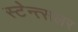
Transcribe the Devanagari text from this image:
स्टेन्त्सलर